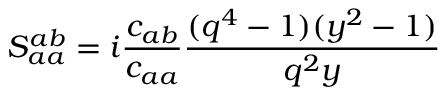
\displaystyle S _ { a a } ^ { a b } = i \frac { c _ { a b } } { c _ { a a } } \frac { ( q ^ { 4 } - 1 ) ( y ^ { 2 } - 1 ) } { q ^ { 2 } y }